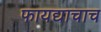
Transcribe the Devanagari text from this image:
फायद्याचाच